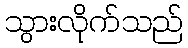
သွားလိုက်သည်